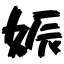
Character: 娠